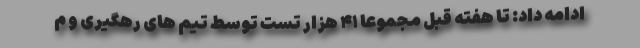
ادامه داد: تا هفته قبل مجموعا ۴۱ هزار تست توسط تیم های رهگیری و م